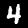
Label: 4